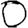
Digit: 0